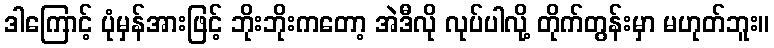
ဒါကြောင့် ပုံမှန်အားဖြင့် ဘိုးဘိုးကတော့ အဲဒီလို လုပ်ပါလို့ တိုက်တွန်းမှာ မဟုတ်ဘူး။